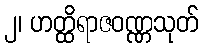
၂၊ ဟတ္ထိရာဇဝဏ္ဏသုတ်